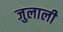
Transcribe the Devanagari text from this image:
जुलाली